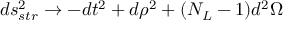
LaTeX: d s _ { s t r } ^ { 2 } \rightarrow - d t ^ { 2 } + d \rho ^ { 2 } + ( N _ { L } - 1 ) d ^ { 2 } \Omega